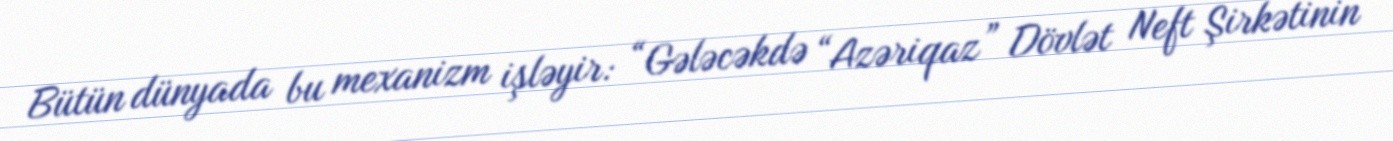
Bütün dünyada bu mexanizm işləyir: “Gələcəkdə “Azəriqaz” Dövlət Neft Şirkətinin